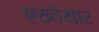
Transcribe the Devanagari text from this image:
एख्तेयार